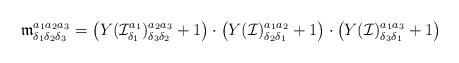
LaTeX: \begin{align*} \mathfrak{m}_{\delta_{1}\delta_{2}\delta_{3}}^{a_{1}a_{2}a_{3}}=\left(Y(\mathcal{I}_{\delta_{1}}^{a_{1}})_{\delta_{3}\delta_{2}}^{a_{2}a_{3}}+1\right)\cdot\left(Y(\mathcal{I})_{\delta_{2}\delta_{1}}^{a_{1}a_{2}}+1\right)\cdot\left(Y(\mathcal{I})_{\delta_{3}\delta_{1}}^{a_{1}a_{3}}+1\right) \end{align*}